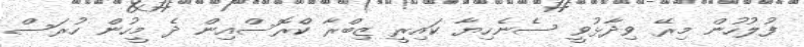
ފުލުހުން މިރޭ ވިދާޅުވީ ސެނެހިޔާ ކައިރީ ޒިބްރާ ކްެރޮސްއިން ދެ މީހުން ހުރަސް